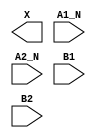
/**
 * Copyright 2020 The SkyWater PDK Authors
 *
 * Licensed under the Apache License, Version 2.0 (the "License");
 * you may not use this file except in compliance with the License.
 * You may obtain a copy of the License at
 *
 *     https://www.apache.org/licenses/LICENSE-2.0
 *
 * Unless required by applicable law or agreed to in writing, software
 * distributed under the License is distributed on an "AS IS" BASIS,
 * WITHOUT WARRANTIES OR CONDITIONS OF ANY KIND, either express or implied.
 * See the License for the specific language governing permissions and
 * limitations under the License.
 *
 * SPDX-License-Identifier: Apache-2.0
 */

`ifndef SKY130_FD_SC_LS__A2BB2O_BLACKBOX_V
`define SKY130_FD_SC_LS__A2BB2O_BLACKBOX_V

/**
 * a2bb2o: 2-input AND, both inputs inverted, into first input, and
 *         2-input AND into 2nd input of 2-input OR.
 *
 *         X = ((!A1 & !A2) | (B1 & B2))
 *
 * Verilog stub definition (black box without power pins).
 *
 * WARNING: This file is autogenerated, do not modify directly!
 */

`timescale 1ns / 1ps
`default_nettype none

(* blackbox *)
module sky130_fd_sc_ls__a2bb2o (
    X   ,
    A1_N,
    A2_N,
    B1  ,
    B2
);

    output X   ;
    input  A1_N;
    input  A2_N;
    input  B1  ;
    input  B2  ;

    // Voltage supply signals
    supply1 VPWR;
    supply0 VGND;
    supply1 VPB ;
    supply0 VNB ;

endmodule

`default_nettype wire
`endif  // SKY130_FD_SC_LS__A2BB2O_BLACKBOX_V